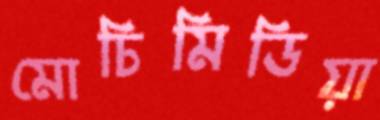
মোচিমিডিয়া